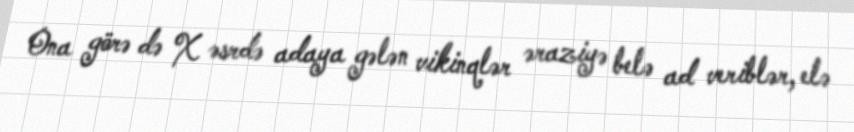
Ona görə də X əsrdə adaya gələn vikinqlər əraziyə belə ad veriblər, elə